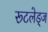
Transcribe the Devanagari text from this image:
रूटलेड्ज